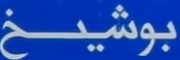
بوشیخ